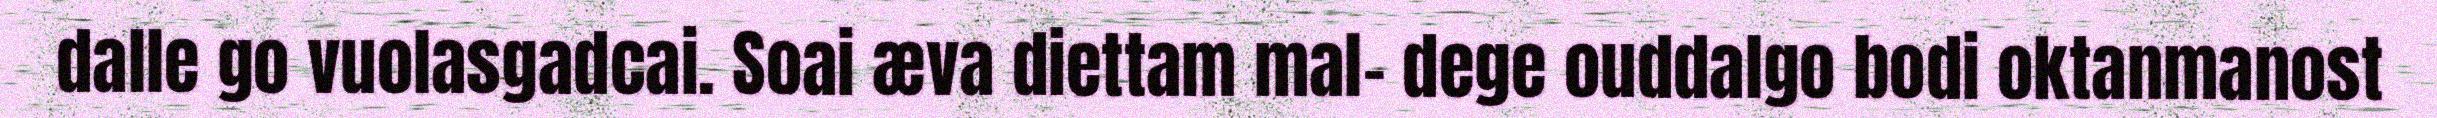
dalle go vuolasgadcai. Soai æva diettam mal- dege ouddalgo bodi oktanmanost